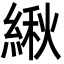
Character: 䋺